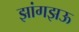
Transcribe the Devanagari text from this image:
झांगझऊ